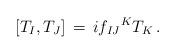
LaTeX: \begin{align*}[ T_{I} , T_{J} ] \, = \, i {f_{IJ}}^{K} T_{K} \, .\end{align*}